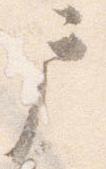
戸